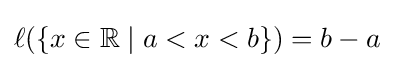
\ell (\{x\in \mathbb {R} \mid a<x<b\})=b-a